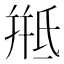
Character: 𭯱